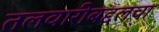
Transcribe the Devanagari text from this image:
तलवारीबद्दलचा